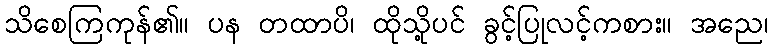
သိစေကြကုန်၏။ ပန တထာပိ၊ ထိုသို့ပင် ခွင့်ပြုလင့်ကစား။ အညေ၊